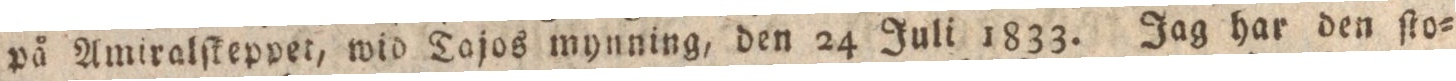
på Amiralſkeppet, wid Tajos mynning, den 24 Juli 1833. Jag har den ſto=